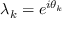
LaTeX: \lambda _ { k } = e ^ { i \theta _ { k } }